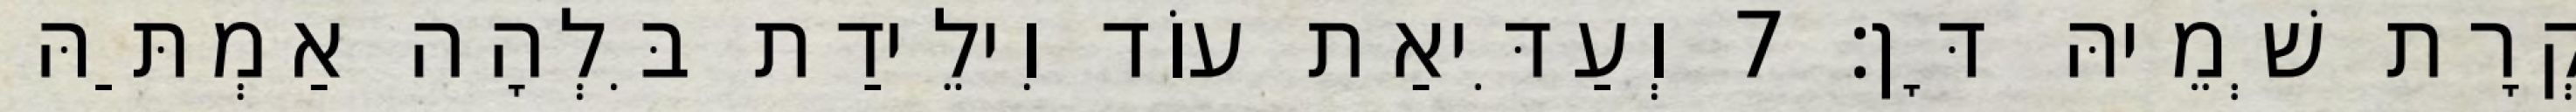
קְרָת שְׁמֵיהּ דָּן׃ 7 וְעַדִּיאַת עוֹד וִילֵידַת בִּלְהָה אַמְתַּהּ